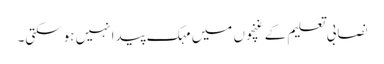
نصابی تعلیم کے غنچوں میں مہک پیدا نہیں ہوسکتی۔